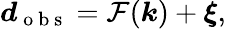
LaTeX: \boldsymbol{d}_{\mathrm{~o~b~s~}}=\mathcal{F}(\boldsymbol{k})+\boldsymbol{\xi},